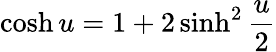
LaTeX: \cosh u=1+2\sinh^{2}\frac{u}{2}